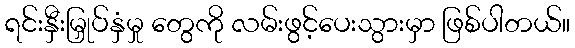
ရင်းနှီးမြှုပ်နှံမှု တွေကို လမ်းဖွင့်ပေးသွားမှာ ဖြစ်ပါတယ်။